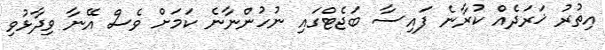
އިތުރު ޚަރަދެއް ކުރާނެ ފައިސާ ބަޖެޓްގައި ނުހުންނާނެ ކަމަށް ވެސް އޭނާ ވިދާޅުވި